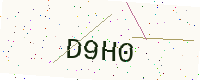
Text: D9H0